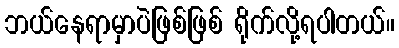
ဘယ်နေရာမှာပဲဖြစ်ဖြစ် ရိုက်လို့ရပါတယ်။